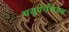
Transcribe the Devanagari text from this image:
चतुर्वर्गसग्रह